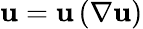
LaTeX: \mathbf{u}=\mathbf{u}\left(\nabla\mathbf{u}\right)